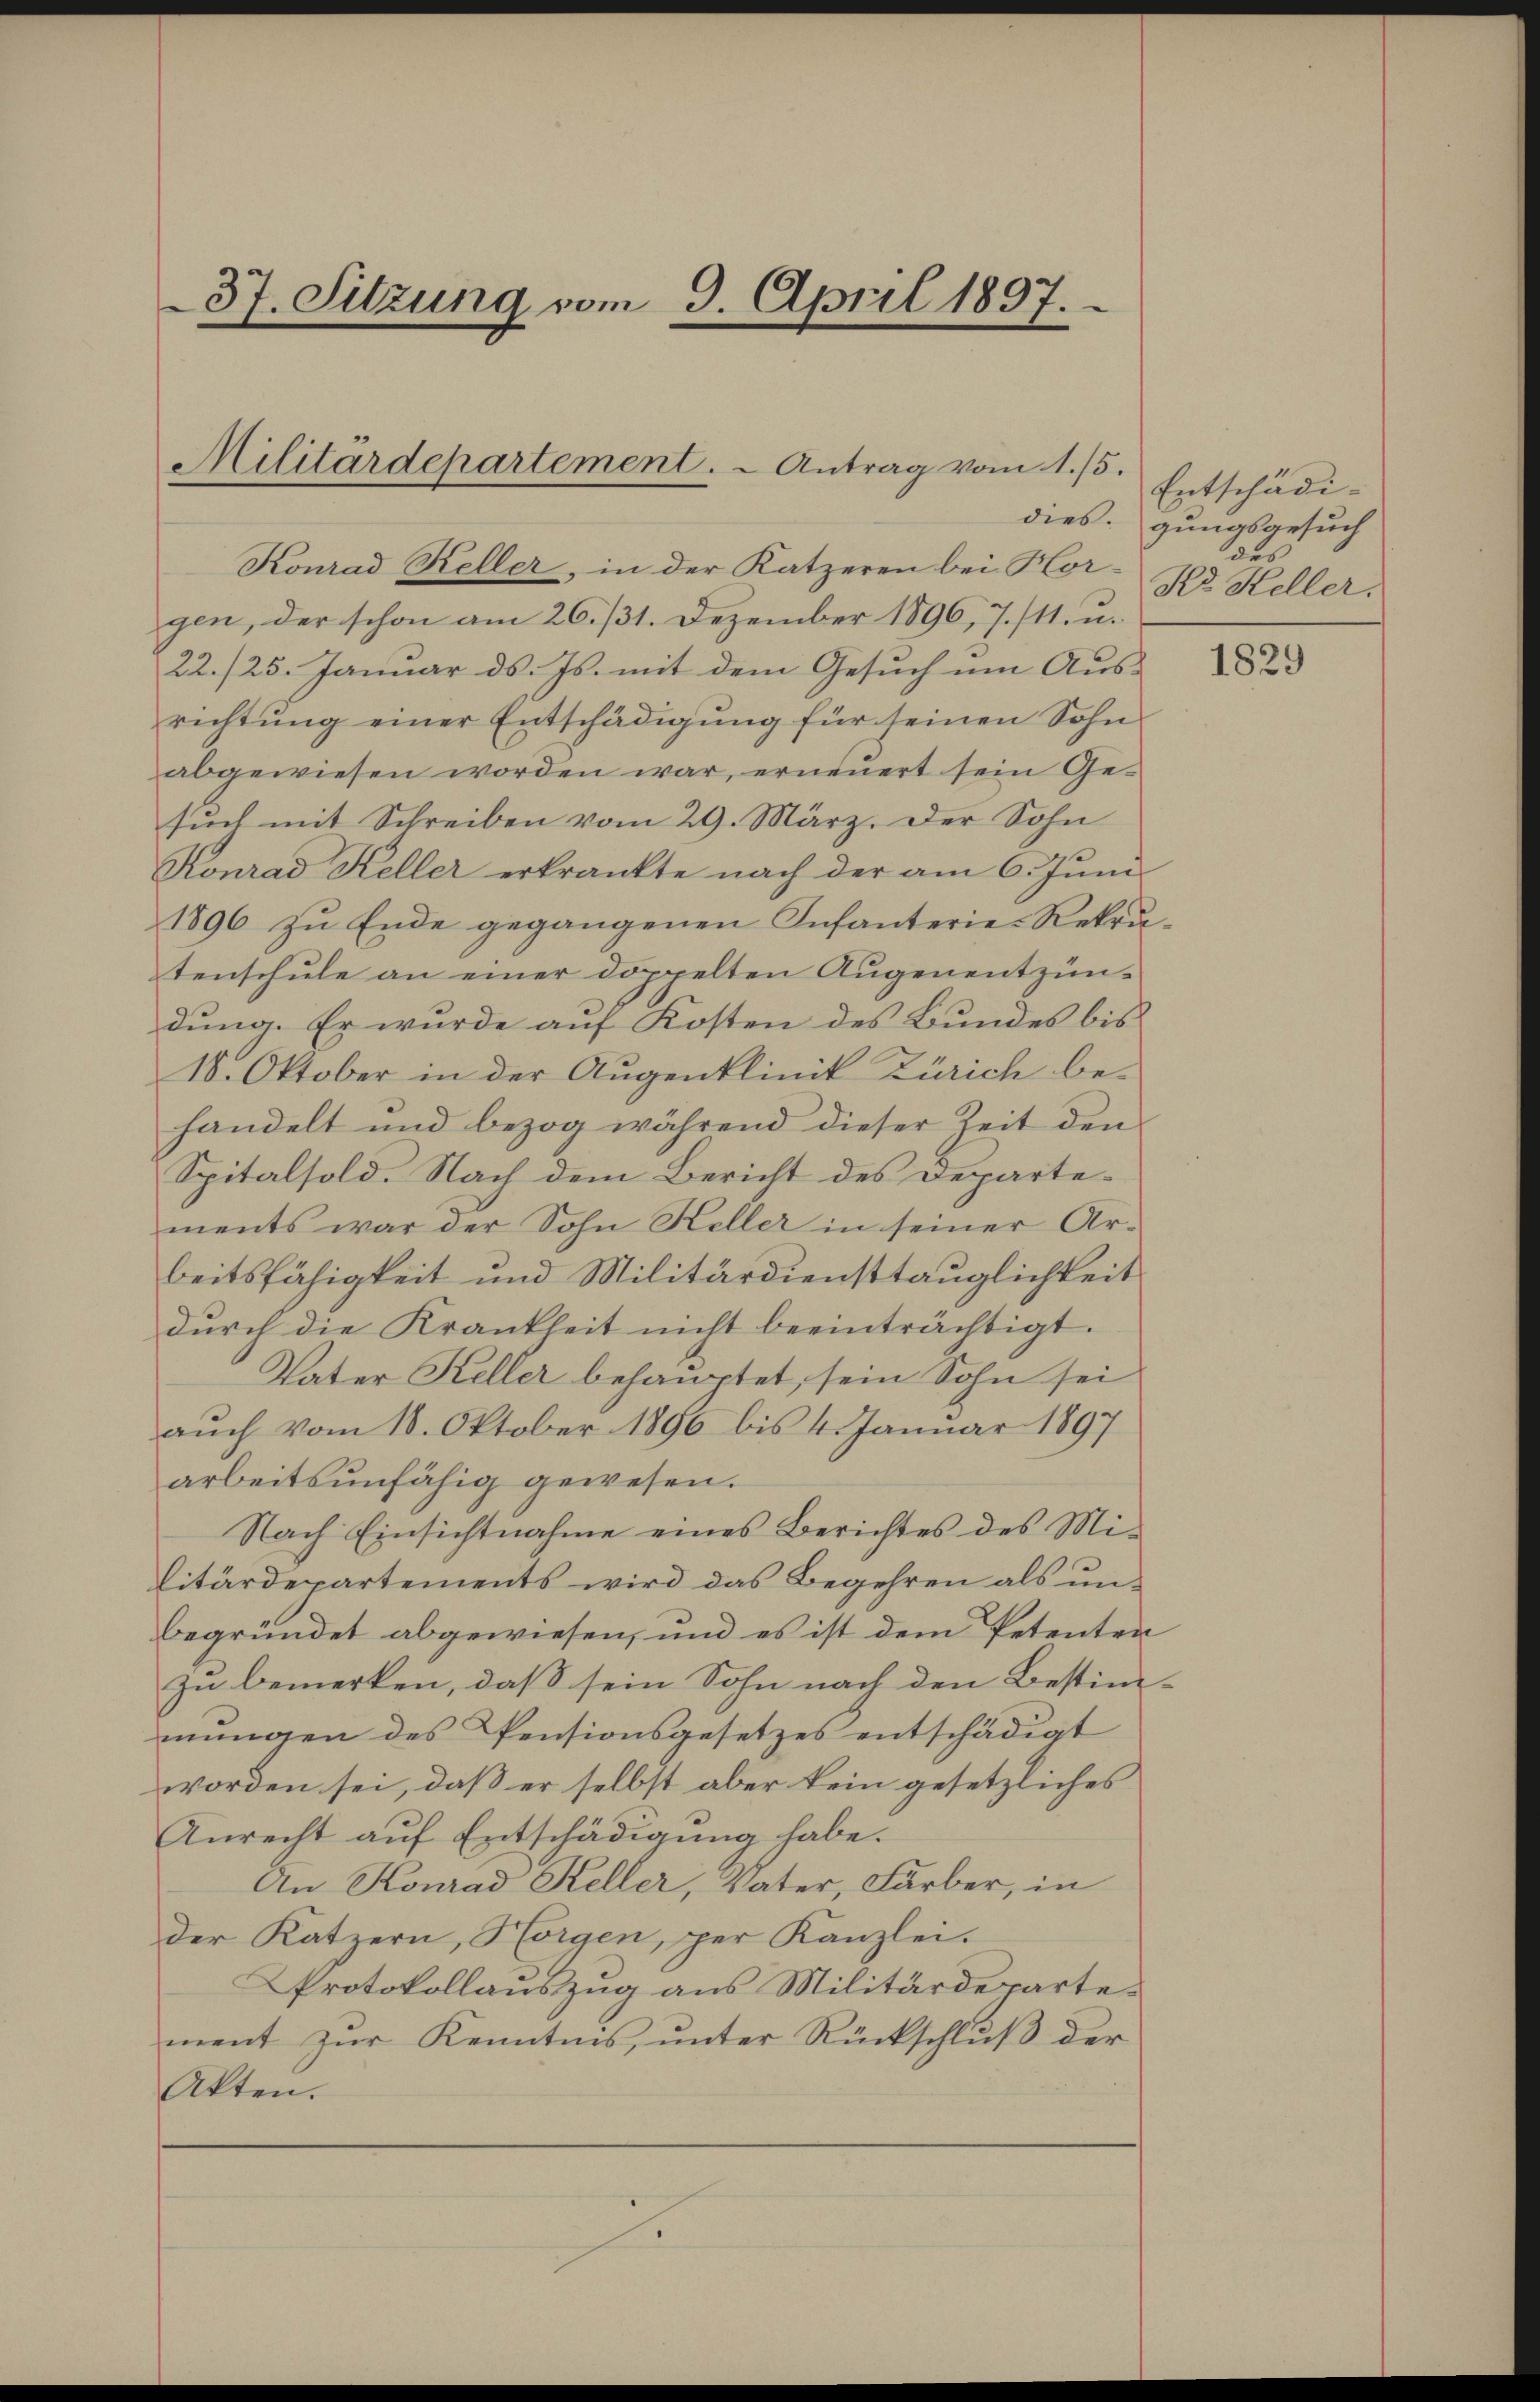
37. Sitzung vom 9. April 1897.

Militärdepartement. - Antrag vom 1./5.
dies.

Konrad Keller, in der Katzeren bei Horgen, der schon am 26. 131. Dezember 1896, 7./11. u.
22./25. Januar d. Js. mit dem Gesuch um Ausrichtŭng einer Entschädigŭng für seinen Sohn
abgewiesen worden war, erneuert sein Gesŭch mit Schreiben vom 29. März. Der Sohn
Konrad Keller erkrankte nach der am 6. Jŭni
1896 zŭ Ende gegangenen Infanterie-Rekra-
tenschule an einer doppelten Augenentzündung. Er wurde auf Kosten des Bundes bis
18. Oktober in der Augenklinik Zürich behandelt und bezog während dieser Zeit den
Spitalsold. Nach dem Bericht des Departements war der Sohn Keller in seiner Arbeitsfähigkeit und Militärdiensttauglichkeit
durch die Krankheit nicht beeinträchtigt.
Vater Keller behauptet, sein Sohn sei
auch vom 18. Oktober 1896 bis 4. Januar 1897
arbeitsunfähig gewesen.
Nach Einsichtnahme eines Berichtes des Mi-
litärdepartements wird das Begehren als unbegründet abgewiesen, und es ist dem Petenten
zu bemerken, daß sein Sohn nach den Bestim-
mŭngen des Pensionsgesetzes entschädigt
worden sei, daß er selbst aber kein gesetzliches
Anrecht aŭf Entschädigung habe.
An Konrad Keller, Vater, Färber, in
der Katzern, Horgen, per Kanzlei.
Protokollauszug aus Militärdeparte
ment zŭr Kenntnis, ŭnter Rückschlŭβ der
Akten.

Entschädigungsgesuch
aus
K. Keller.

1829